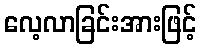
လေ့လာခြင်းအားဖြင့်